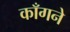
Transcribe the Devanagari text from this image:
काँगने